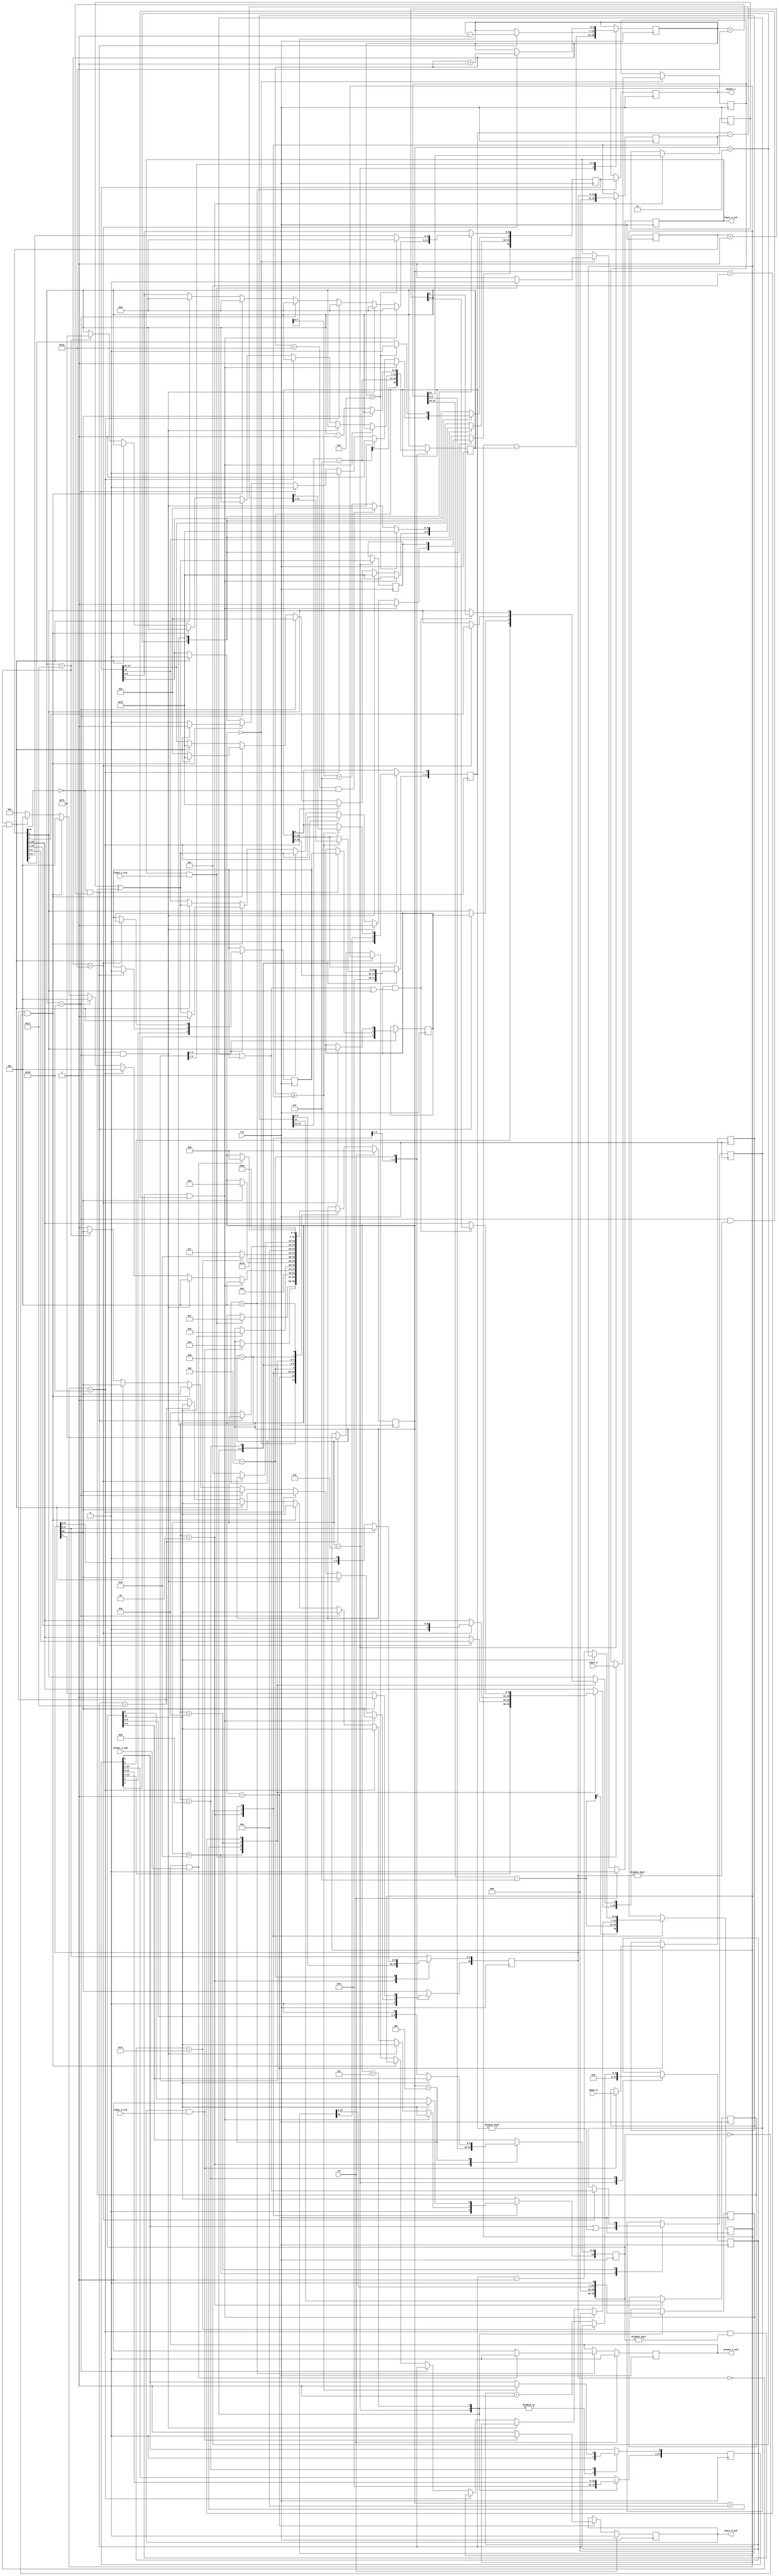
//IEEE Floating Point Divider (Single Precision)
//Copyright (C) Jonathan P Dawson 2013
//2013-12-12
//
module divider(
        input_a,
        input_b,
        input_a_stb,
        input_b_stb,
        output_z_ack,
        clk,
        rst,
        output_z,
        output_z_stb,
        input_a_ack,
        input_b_ack);

  input     clk;
  input     rst;

  input     [15:0] input_a;
  input     input_a_stb;
  output    input_a_ack;

  input     [15:0] input_b;
  input     input_b_stb;
  output    input_b_ack;

  output    [15:0] output_z;
  output    output_z_stb;
  input     output_z_ack;

  reg       s_output_z_stb;
  reg       [15:0] s_output_z;
  reg       s_input_a_ack;
  reg       s_input_b_ack;

  reg       [3:0] state;
  parameter get_a         = 4'd0,
            get_b         = 4'd1,
            unpack        = 4'd2,
            special_cases = 4'd3,
            normalise_a   = 4'd4,
            normalise_b   = 4'd5,
            divide_0      = 4'd6,
            divide_1      = 4'd7,
            divide_2      = 4'd8,
            divide_3      = 4'd9,
            normalise_1   = 4'd10,
            normalise_2   = 4'd11,
            round         = 4'd12,
            pack          = 4'd13,
            put_z         = 4'd14;

  reg       [15:0] a, b, z;
  reg       [10:0] a_m, b_m, z_m;
  reg       [6:0] a_e, b_e, z_e;
  reg       a_s, b_s, z_s;
  reg       guard, round_bit, sticky;
  reg       [24:0] quotient, divisor, dividend, remainder;
  reg       [5:0] count;

  always @(posedge clk)
  begin

    case(state)

      get_a:
      begin
        s_input_a_ack <= 1;
        if (s_input_a_ack && input_a_stb) begin
          a <= input_a;
          s_input_a_ack <= 0;
          state <= get_b;
        end
      end

      get_b:
      begin
        s_input_b_ack <= 1;
        if (s_input_b_ack && input_b_stb) begin
          b <= input_b;
          s_input_b_ack <= 0;
          state <= unpack;
        end
      end

      unpack:
      begin
        a_m <= a[9 : 0];
        b_m <= b[9 : 0];
        a_e <= a[14 : 10] - 15;
        b_e <= b[14 : 10] - 15;
        a_s <= a[15];
        b_s <= b[15];
        state <= special_cases;
      end

      special_cases:
      begin
        //if a is NaN or b is NaN return NaN 
        if ((a_e == 16 && a_m != 0) || (b_e == 16 && b_m != 0)) begin
          z[15] <= 1;
          z[14:10] <= 31;
          z[9] <= 1;
          z[8:0] <= 0;
          state <= put_z;
          //if a is inf and b is inf return NaN 
        end else if ((a_e == 16) && (b_e == 16)) begin
          z[15] <= 1;
          z[14:10] <= 31;
          z[9] <= 1;
          z[8:0] <= 0;
          state <= put_z;
        //if a is inf return inf
        end else if (a_e == 16) begin
          z[15] <= a_s ^ b_s;
          z[14:10] <= 31;
          z[9:0] <= 0;
          state <= put_z;
           //if b is zero return NaN
          if ($signed(b_e == -15) && (b_m == 0)) begin
            z[15] <= 1;
            z[14:10] <= 31;
            z[9] <= 1;
            z[8:0] <= 0;
            state <= put_z;
          end
        //if b is inf return zero
        end else if (b_e == 16) begin
          z[15] <= a_s ^ b_s;
          z[14:10] <= 0;
          z[9:0] <= 0;
          state <= put_z;
        //if a is zero return zero
        end else if (($signed(a_e) == -15) && (a_m == 0)) begin
          z[15] <= a_s ^ b_s;
          z[14:10] <= 0;
          z[9:0] <= 0;
          state <= put_z;
           //if b is zero return NaN
          if (($signed(b_e) == -15) && (b_m == 0)) begin
            z[15] <= 1;
            z[14:10] <= 31;
            z[9] <= 1;
            z[8:0] <= 0;
            state <= put_z;
          end
        //if b is zero return inf
        end else if (($signed(b_e) == -15) && (b_m == 0)) begin
          z[15] <= a_s ^ b_s;
          z[14:10] <= 31;
          z[9:0] <= 0;
          state <= put_z;
        end else begin
          //Denormalised Number
          if ($signed(a_e) == -15) begin
            a_e <= -14;
          end else begin
            a_m[10] <= 1;
          end
          //Denormalised Number
          if ($signed(b_e) == -15) begin
            b_e <= -14;
          end else begin
            b_m[10] <= 1;
          end
          state <= normalise_a;
        end
      end

      normalise_a:
      begin
        if (a_m[10]) begin
          state <= normalise_b;
        end else begin
          a_m <= a_m << 1;
          a_e <= a_e - 1;
        end
      end

      normalise_b:
      begin
        if (b_m[10]) begin
          state <= divide_0;
        end else begin
          b_m <= b_m << 1;
          b_e <= b_e - 1;
        end
      end

      divide_0://6
      begin
        z_s <= a_s ^ b_s;
        z_e <= a_e - b_e;
        quotient <= 0;
        remainder <= 0;
        count <= 0;
        dividend <= a_m << 14;
        divisor <= b_m;
        state <= divide_1;
      end

      divide_1://7
      begin
        quotient <= quotient << 1;
        remainder <= remainder << 1;
        remainder[0] <= dividend[24];
        dividend <= dividend << 1;
        state <= divide_2;
      end

      divide_2://8
      begin
        if (remainder >= divisor) begin
          quotient[0] <= 1;
          remainder <= remainder - divisor;
        end
        if (count == 23) begin
          state <= divide_3;
        end else begin
          count <= count + 1;
          state <= divide_1;
        end
      end

      divide_3://9
      begin
        z_m <= quotient[13:3];
        guard <= quotient[2];
        round_bit <= quotient[1];
        sticky <= quotient[0] | (remainder != 0);
        state <= normalise_1;
      end

      normalise_1:
      begin
        if (z_m[10] == 0 && $signed(z_e) > -14) begin
          z_e <= z_e - 1;
          z_m <= z_m << 1;
          z_m[0] <= guard;
          guard <= round_bit;
          round_bit <= 0;
        end else begin
          state <= normalise_2;
        end
      end

      normalise_2:
      begin
        if ($signed(z_e) < -14) begin
          z_e <= z_e + 1;
          z_m <= z_m >> 1;
          guard <= z_m[0];
          round_bit <= guard;
          sticky <= sticky | round_bit;
        end else begin
          state <= round;
        end
      end

      round:
      begin
        if (guard && (round_bit | sticky | z_m[0])) begin
          z_m <= z_m + 1;
          if (z_m == 12'hfff) begin
            z_e <=z_e + 1;
          end
        end
        state <= pack;
      end

      pack:
      begin
        z[9 : 0] <= z_m[9:0];
        z[14 : 10] <= z_e[4:0] + 15;
        z[15] <= z_s;
        if ($signed(z_e) == -14 && z_m[10] == 0) begin
          z[14 : 10] <= 0;
        end
        //if overflow occurs, return inf
        if ($signed(z_e) > 15) begin
          z[9 : 0] <= 0;
          z[14 : 10] <= 31;
          z[15] <= z_s;
        end
        state <= put_z;
      end

      put_z:
      begin
        s_output_z_stb <= 1;
        s_output_z <= z;
        if (s_output_z_stb && output_z_ack) begin
          s_output_z_stb <= 0;
          state <= get_a;
        end
      end

    endcase

    if (rst == 1) begin
      state <= get_a;
      s_input_a_ack <= 0;
      s_input_b_ack <= 0;
      s_output_z_stb <= 0;
    end

  end
  assign input_a_ack = s_input_a_ack;
  assign input_b_ack = s_input_b_ack;
  assign output_z_stb = s_output_z_stb;
  assign output_z = s_output_z;

endmodule